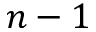
n - 1